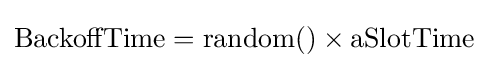
\mathrm {BackoffTime} =\mathrm {random} ()\times \mathrm {aSlotTime}